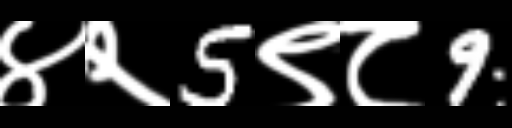
Text: ४२5९८9